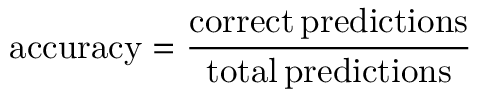
\mathrm { a c c u r a c y } = \frac { \mathrm { c o r r e c t \, p r e d i c t i o n s } } { \mathrm { t o t a l \, p r e d i c t i o n s } }